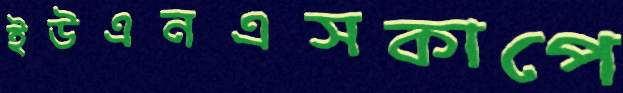
ইউএনএসকাপে